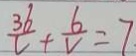
\frac { 3 6 } { v } + \frac { 6 } { v } = 7 .